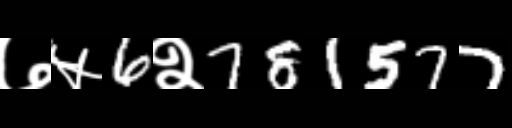
Text: ७५6२781577